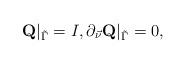
LaTeX: \begin{align*}\mbox{\bf Q}\vert_{\tilde \Gamma}=I,\partial_{\vec \nu}\mbox{\bf Q}\vert_{\tilde \Gamma}=0,\end{align*}